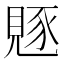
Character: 𧡄